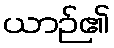
ယာဉ်၏